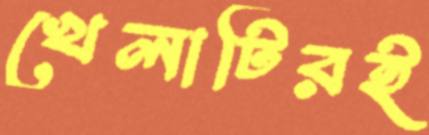
খেলাটিরই